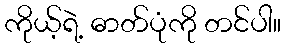
ကိုယ့်ရဲ့ ဓာတ်ပုံကို တင်ပါ။